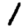
Digit: 1